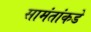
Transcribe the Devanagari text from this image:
सामंतांकडे